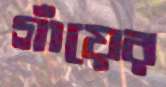
গাঁয়ের